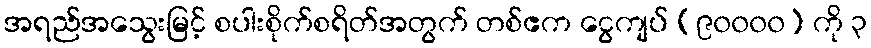
အရည်အသွေးမြင့် စပါးစိုက်စရိတ်အတွက် တစ်ဧက ငွေကျပ် (၉၀၀၀၀) ကို ၃